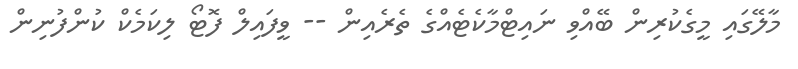
މާލޭގައި މީގެކުރިން ބޭއްވި ނައިޓްމާކެޓެއްގެ ތެރެއިން -- ވީފައިލް ފޮޓޯ ލިކަމެކް ކުންފުނިން